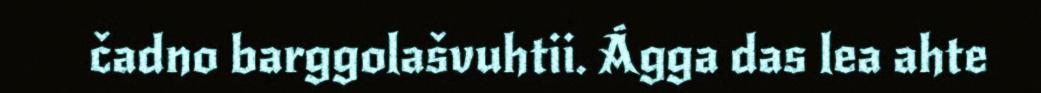
čadno barggolašvuhtii. Ágga das lea ahte